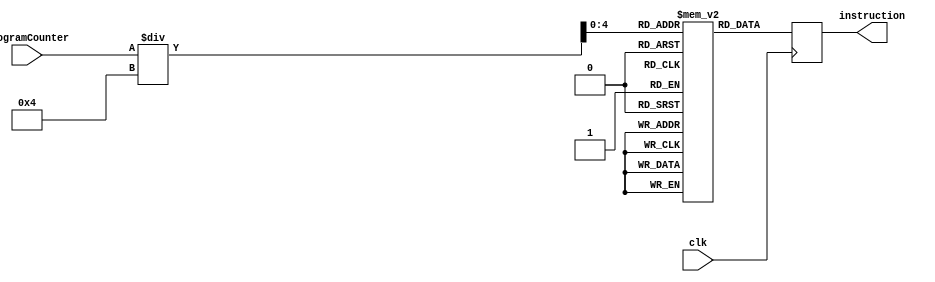
module InstructionMemory32(instruction, ProgramCounter, clk);
	input[31:0] ProgramCounter;
	input clk;
	output[31:0] instruction;
	reg [31:0] memory [0:31];
	reg [31:0] instruction;
	integer addr;
	
	initial
		begin
			memory[0] = 32'b00000001000010010101000000100000;  // add	add $s2, $s0, $s1	$s2 = $s0 + $s1
			memory[1] = 32'b00000001000010010101000000100001;  // addu	addu $s2, $s0, $s1	$s2 = $s0 + $s1
			memory[2] = 32'b00100001000010010001100100100110;  // addi	addi $s1, 6438($s0)	$s1 = $s0 + 6438
			memory[3] = 32'b00100101000010010001100100100110;  // addiu	addiu $s1, 6438($s0)	$s1 = $s0 + 6438
			memory[4] = 32'b00000001000010010101000000100100;  // and	and $s2, $s0, $s1	$s2 = $s0 & $s1
			memory[5] = 32'b00110001000010010001100100100110;  // andi	andi $s1, 6438($s0)	$s1 = $s0 + 6438
			memory[6] = 32'b00000001000010010101000000011010;  // div	div $s2, $s0, $s1	$s2 = $s0 / $s1
			memory[7] = 32'b00000001000010010101000000011011;  // divu	divu $s2, $s0, $s1	$s2 = $s0 / $s1
			memory[8] = 32'b00000001000010010101000000011000;  // mult	mult $s2, $s0, $s1	$s2 = $s0 * $s1
			memory[9] = 32'b00000001000010010101000000011001;  // multu	multu $s2, $s0, $s1	$s2 = $s0 * $s1
			memory[10] = 32'b00000001000010010101000000100111;  // nor	nor $s2, $s0, $s1	$s2 = ~($s0 | $s1)
			memory[11] = 32'b00000001000010010101000000100101;  // or	or $s2, $s0, $s1	$s2 = $s0 | $s1
			memory[12] = 32'b00110101000010010001100100100110;  // ori	ori $s1, 6438($s0)	$s1 = $s0 | 6438
			memory[13] = 32'b00000001000010010101000000100010;  // sub	sub $s2, $s0, $s1	$s2 = $s0 - $s1
			memory[14] = 32'b00000001000010010101000000100011;  // subu	subu $s2, $s0, $s1	$s2 = $s0 - $s1
			memory[15] = 32'b00000001000010010101000000100110;  // xor	xor $s2, $s0, $s1	$s2 = $s0 ^ $s1
			memory[16] = 32'b00111001000010010001100100100110;  // xori	xori $s1, 6438($s0)	$s1 = $s0 ^ 6438
			memory[17] = 32'b00000001000010010101000000101010;  // slt	slt $s2, $s0, $s1	$s2 = $s0 < $s1
			memory[18] = 32'b00000001000010010101000000101011;  // sltu	slt $s2, $s0, $s1	$s2 = $s0 < $s1
			memory[19] = 32'b00101001000010010001100100100110;  // slti	slti $s1, 6438($s0)	$s1 = $s0 < 6438
			memory[20] = 32'b00101101000010010001100100100110;  // sltiu	sltiu $s1, 6438($s0)	$s1 = $s0 < 6438
			memory[21] = 32'b00010001000010010001100100100110;  // beq	beq $s0, $s1, 6438	if($s0 == $s1) goto loc 4*6438
			memory[22] = 32'b00000101000010010001100100100110;  // bne	bne $s0, $s1, 6438	if($s0 != $s1) goto loc 4*6438
			memory[23] = 32'b00001000000000000001100100100110;  // j	j 6438			PC = PC + <<2 6438
			memory[24] = 32'b00000100000000000001100100100110;  // jal	jal 6438		$31 = PC; PC = PC + <<2 6438
			memory[25] = 32'b00000000000000000000000000001001;  // jalr	jalr $s0		$31 = PC; PC = $s0
			memory[26] = 32'b00000001000000000000000000001000;  // jr	jr $s0			PC = $s0
			memory[27] = 32'b10001101000010010001100100100110;  // lw	lw $s1, 6438($s0)	$s1 = mem($s0 + 6438):4
			memory[28] = 32'b10101101000010010001100100100110;  // sw	sw $s1, 6438($s0)	mem($s0 + 6438):4 = $s1
			memory[29] = 32'b01101000000000000000000000000000;  // trap	trap 
			memory[30] = 32'b00000000000000000000000000000000;  // nop
			memory[31] = 32'b00000000000000000000000000000000;  // nop
		end
  
	always @(posedge clk) begin
		addr = ProgramCounter[31:0];
		instruction = memory[addr/4];
	end
	
endmodule